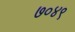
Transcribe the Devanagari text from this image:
७०४९